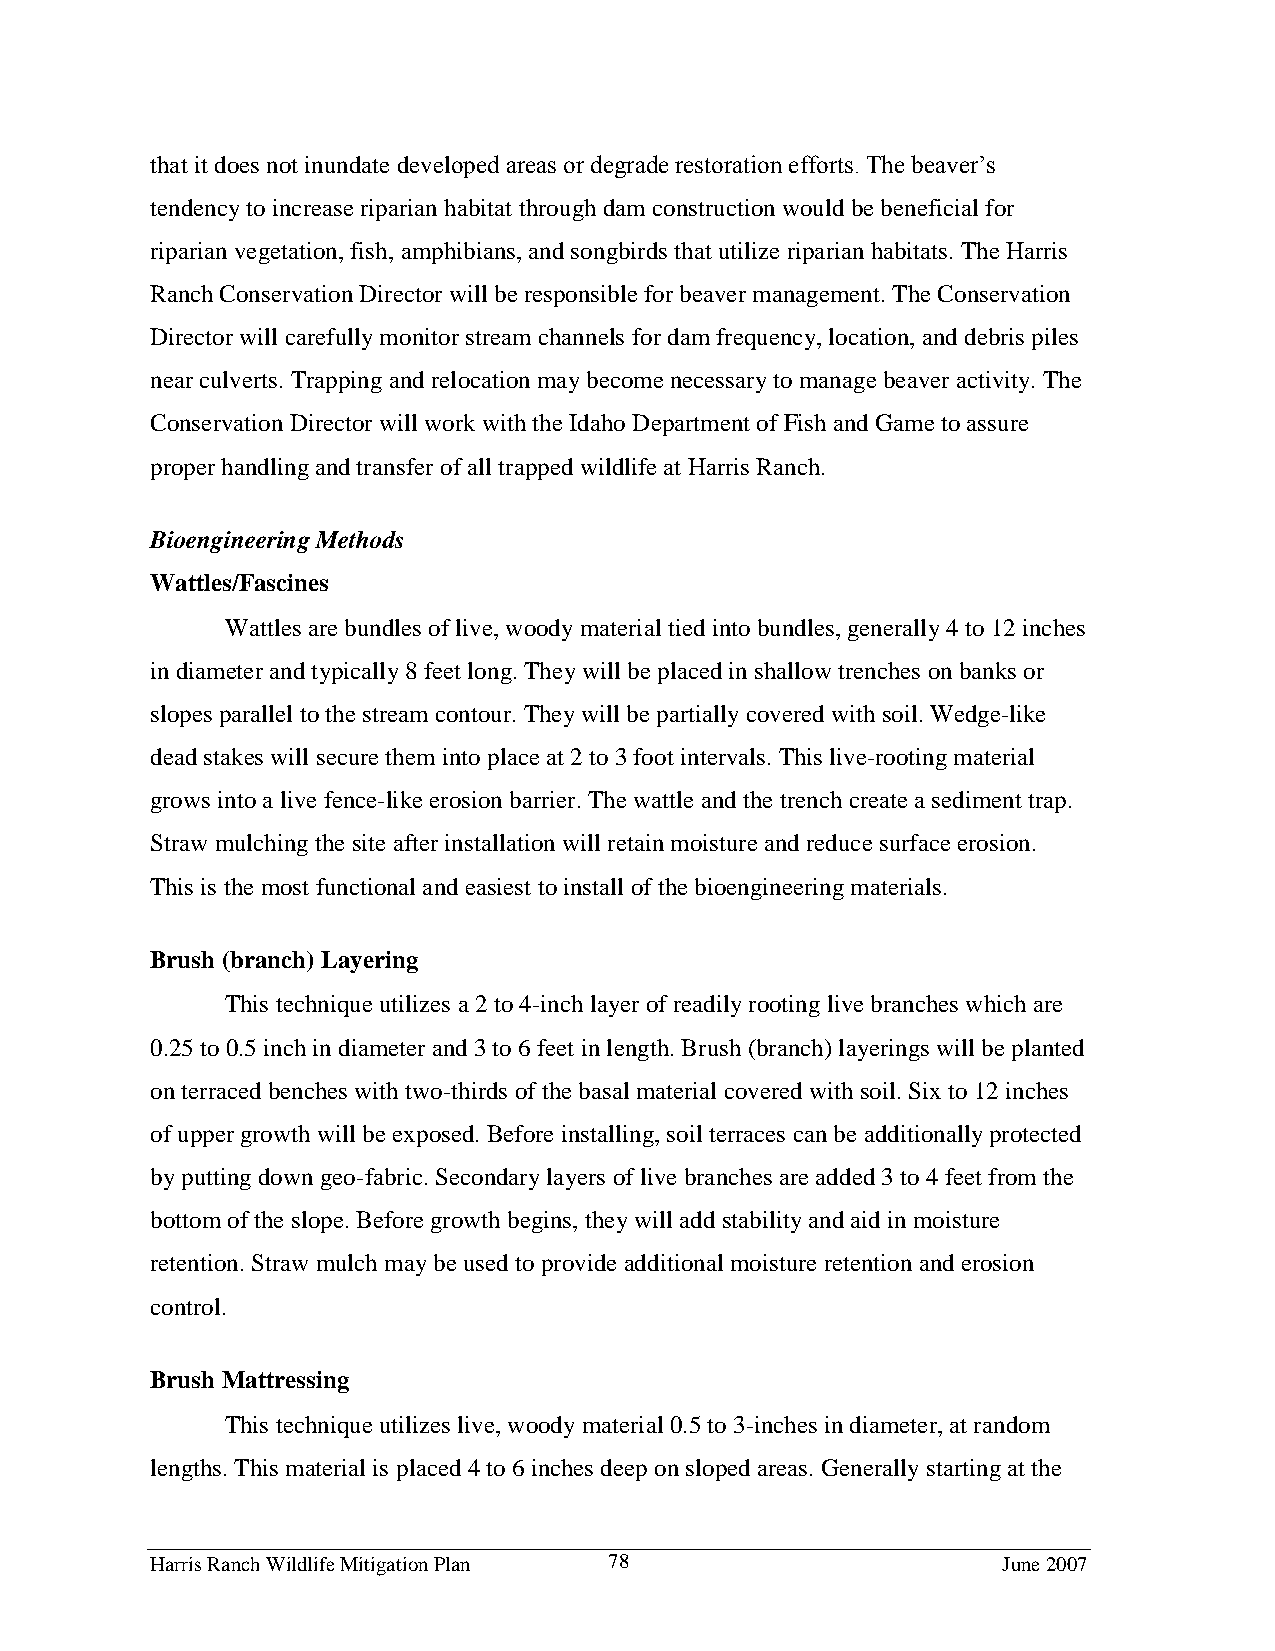
that it does not inundate developed areas or degrade restoration efforts. The beaver’s
 tendency to increase riparian habitat through dam construction would be beneficial for
 riparian vegetation, fish, amphibians, and songbirds that utilize riparian habitats. The Harris
 Ranch Conservation Director will be responsible for beaver management. The Conservation
 Director will carefully monitor stream channels for dam frequency, location, and debris piles
 near culverts. Trapping and relocation may become necessary to manage beaver activity. The
 Conservation Director will work with the Idaho Department of Fish and Game to assure
 proper handling and transfer of all trapped wildlife at Harris Ranch.
 Bioengineering Methods
 Wattles/Fascines
 Wattles are bundles of live, woody material tied into bundles, generally 4 to 12 inches
 in diameter and typically 8 feet long. They will be placed in shallow trenches on banks or
 slopes parallel to the stream contour. They will be partially covered with soil. Wedge-like
 dead stakes will secure them into place at 2 to 3 foot intervals. This live-rooting material
 grows into a live fence-like erosion barrier. The wattle and the trench create a sediment trap.
 Straw mulching the site after installation will retain moisture and reduce surface erosion.
 This is the most functional and easiest to install of the bioengineering materials.
 Brush (branch) Layering
 This technique utilizes a 2 to 4-inch layer of readily rooting live branches which are
 0.25 to 0.5 inch in diameter and 3 to 6 feet in length. Brush (branch) layerings will be planted
 on terraced benches with two-thirds of the basal material covered with soil. Six to 12 inches
 of upper growth will be exposed. Before installing, soil terraces can be additionally protected
 by putting down geo-fabric. Secondary layers of live branches are added 3 to 4 feet from the
 bottom of the slope. Before growth begins, they will add stability and aid in moisture
 retention. Straw mulch may be used to provide additional moisture retention and erosion
 control.
 Brush Mattressing
 This technique utilizes live, woody material 0.5 to 3-inches in diameter, at random
 lengths. This material is placed 4 to 6 inches deep on sloped areas. Generally starting at the
 Harris Ranch Wildlife Mitigation Plan 78                June 2007